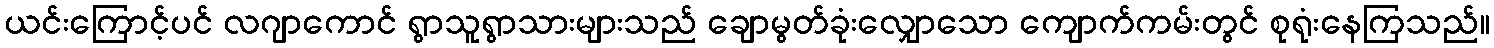
ယင်းကြောင့်ပင် လဂျာကောင် ရွာသူရွာသားများသည် ချောမွတ်ခုံးလျှောသော ကျောက်ကမ်းတွင် စုရုံးနေကြသည်။